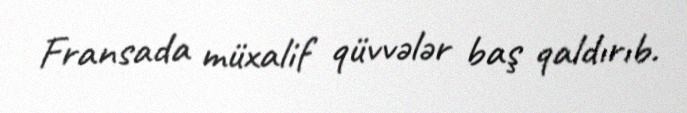
Fransada müxalif qüvvələr baş qaldırıb.